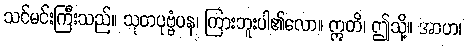
သင်မင်းကြီးသည်။ သုတပုဗ္ဗံပန၊ ကြားဘူးပါ၏လော။ ဣတိ၊ ဤသို့။ အာဟ၊